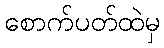
စောက်ပတ်ထဲမှ